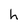
Character: h